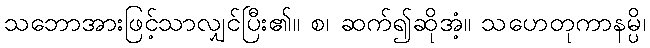
သဘောအားဖြင့်သာလျှင်ပြီး၏။ စ၊ ဆက်၍ဆိုအံ့။ သဟေတုကာနမ္ပိ၊